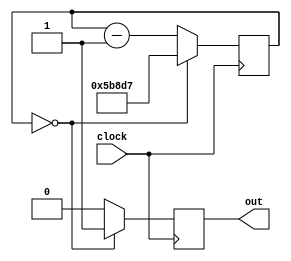
module rate_divider(clock, out);
	input clock;
	output reg out;
	
	reg [27:0] num_cycles;
	always @(posedge clock)
		begin
			if (num_cycles == 1'b0)
				begin
				num_cycles <= 28'b1011011100011010111;
				//num_cycles <= 28'b101111110111111101101111;
				out <= 1'b1;
				end
			else
				begin
				num_cycles <= num_cycles - 1'b1;
				out <= 1'b0;
				end
		end
endmodule 

module rate_divider30(clock, out);
	input clock;
	output reg out;
	
	reg [4:0] cycles;
	always @(posedge clock)
		begin
			if (cycles == 1'b0)
				begin
				cycles <= 5'b11101;
				out <= 1'b1;
				end
			else
				begin
				cycles <= cycles - 1'b1;
				out <= 1'b0;
				end
		end
endmodule